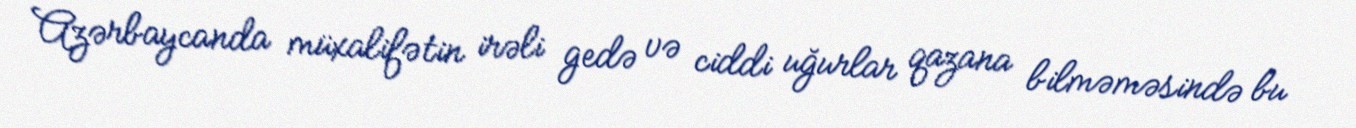
Azərbaycanda müxalifətin irəli gedə və ciddi uğurlar qazana bilməməsində bu